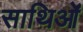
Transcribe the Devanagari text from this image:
साथिओं